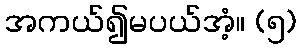
အကယ်၍မပယ်အံ့။ (၅)